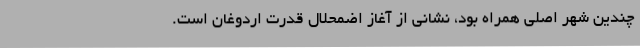
چندین شهر اصلی همراه بود، نشانی از آغاز اضمحلال قدرت اردوغان است.